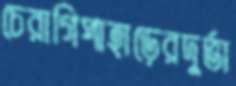
চেরাগিপাহাড়েরদুর্ভা